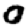
Digit: 0